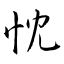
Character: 忱